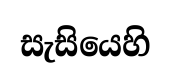
සැසියෙහි